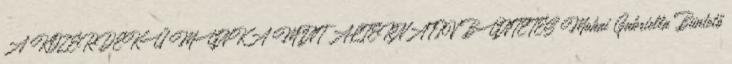
A KÖZÉRDEKŰ MUNKA MINT ALTERNATÍV BÜNTETÉS Mohai Gabriella Büntető